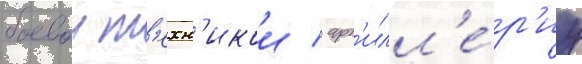
боевои т'ехн'икои / арт'илл'е́р'иу